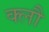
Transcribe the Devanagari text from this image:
क्लौ